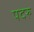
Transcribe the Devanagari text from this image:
पदरु